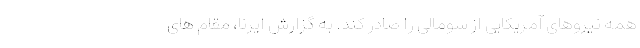
همه نیروهای آمریکایی از سومالی را صادر کند. به گزارش ایرنا، مقام های